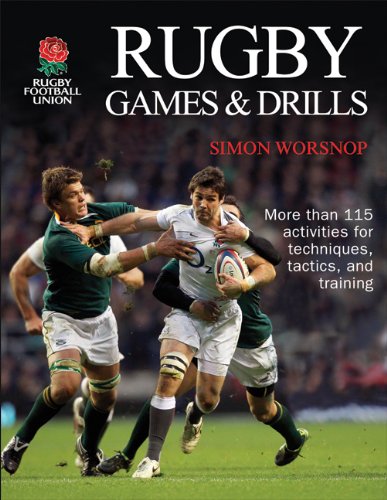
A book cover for Rugby Games & Drills; Rugby Football Union; Sports & Outdoors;